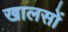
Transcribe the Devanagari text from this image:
खालसों